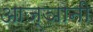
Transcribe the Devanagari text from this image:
आज्ञानी